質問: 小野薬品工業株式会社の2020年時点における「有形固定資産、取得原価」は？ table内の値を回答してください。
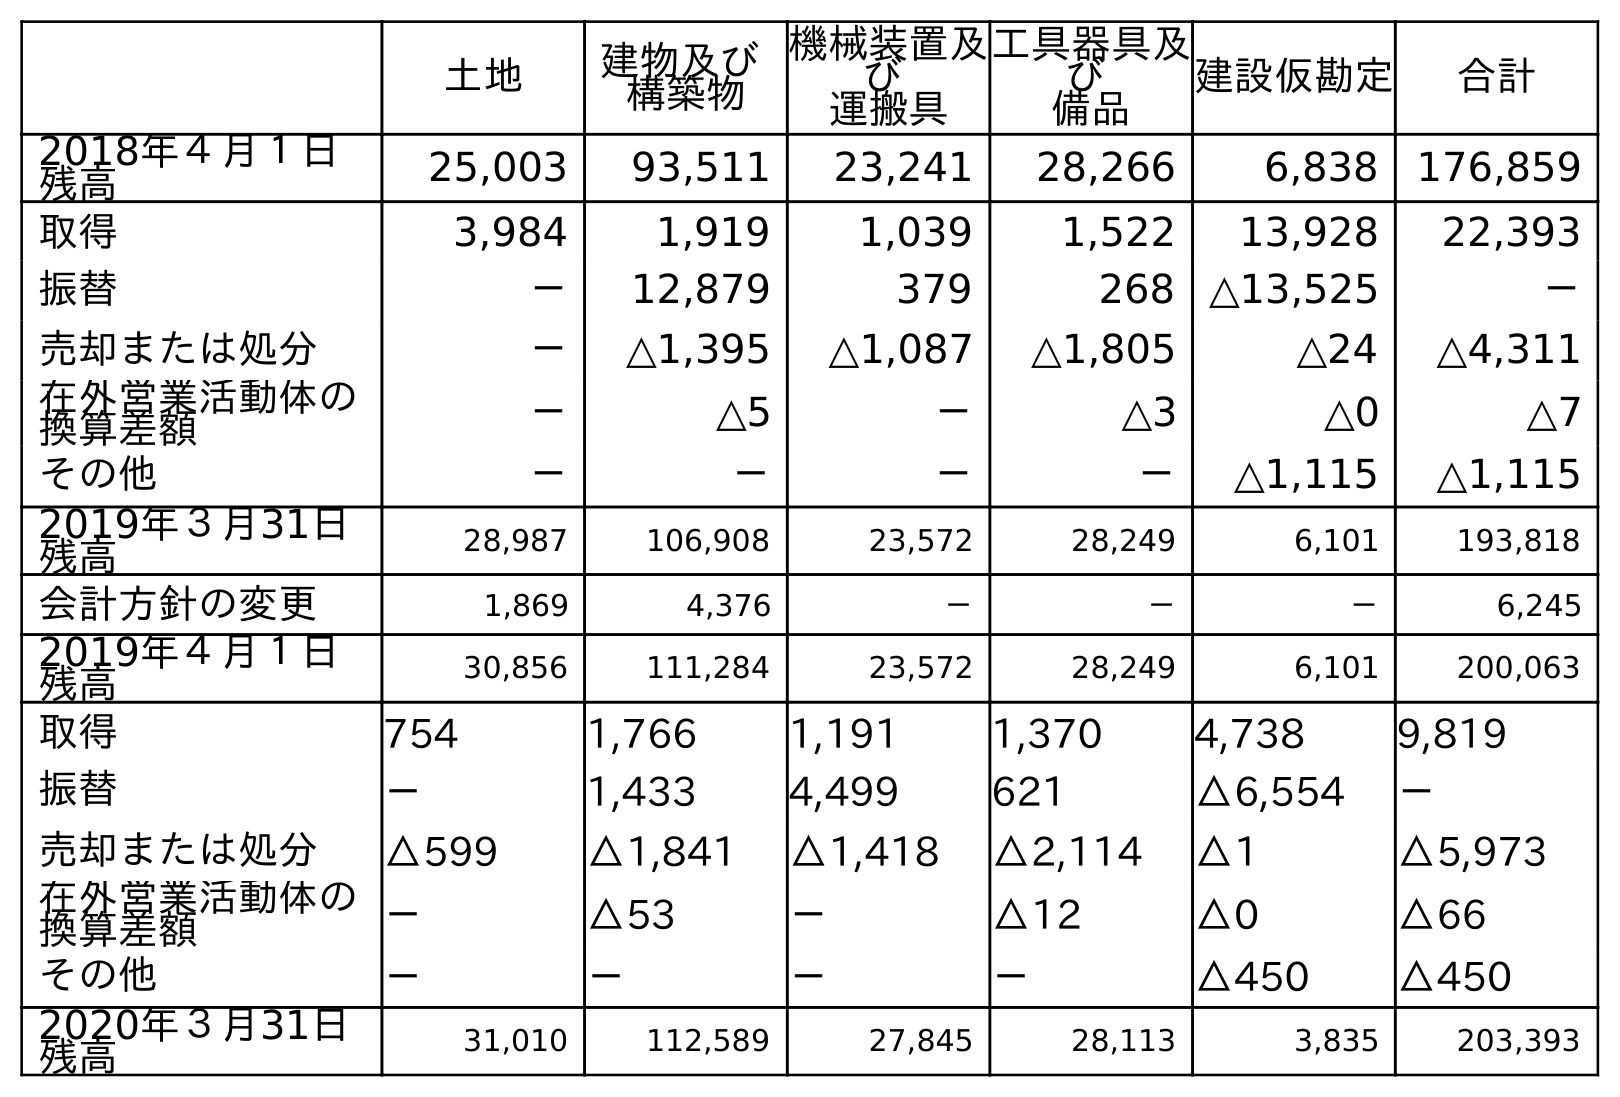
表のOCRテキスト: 土地 建物及び 構築物 機械装置及 び 運搬具 工具器具及 び 備品 建設仮勘定 合計 2018年４月１日 残高 25,003 93,511 23,241 28,266 6,838 176,859 取得 3,984 1,919 1,039 1,522 13,928 22,393 振替 － 12,879 379 268 △13,525 － 売却または処分 － △1,395 △1,087 △1,805 △24 △4,311 在外営業活動体の 換算差額 － △5 － △3 △0 △7 その他 － － － － △1,115 △1,115 2019年３月31日 残高 28,987 106,908 23,572 28,249 6,101 193,818 会計方針の変更 1,869 4,376 － － － 6,245 2019年４月１日 残高 30,856 111,284 23,572 28,249 6,101 200,063 取得 754 1,766 1,191 1,370 4,738 9,819 振替 － 1,433 4,499 621 △6,554 － 売却または処分 △599 △1,841 △1,418 △2,114 △1 △5,973 在外営業活動体の 換算差額 － △53 － △12 △0 △66 その他 － － － － △450 △450 2020年３月31日 残高 31,010 112,589 27,845 28,113 3,835 203,393
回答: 203,393